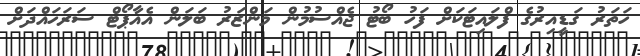
ހަތަރު ގަޑީއިރުގެ ފްލައިޓަކަށް ފަހު ބޯޓު ޖެއްސުމުން މަންޒަރު ބަލަން އެއާޕޯޓް ސަރަހައްދަށް